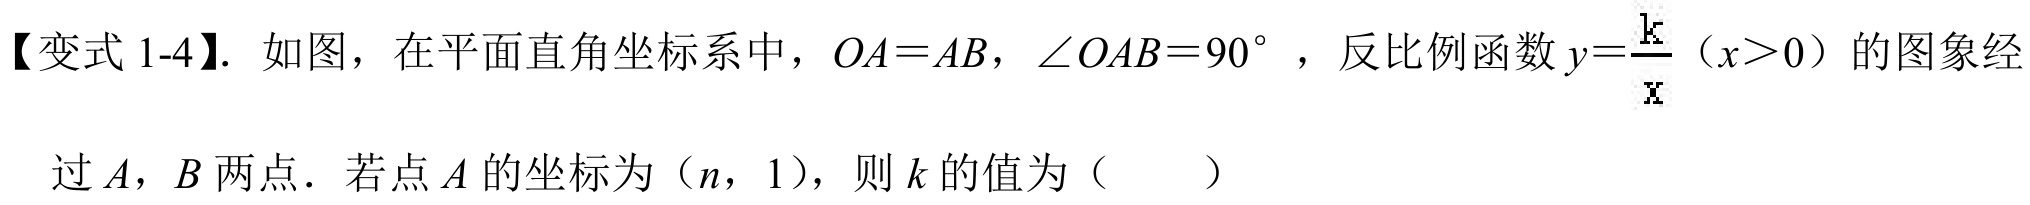
【变式 1-4】. 如图，在平面直角坐标系中，\(OA = AB\)，\(\angle OAB = 90^{\circ}\)，反比例函数\(y = \frac{k}{x}\)（\(x>0\)）的图象经
过\(A\)，\(B\)两点．若点\(A\)的坐标为（\(n\)，\(1\)），则\(k\)的值为（  ）